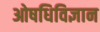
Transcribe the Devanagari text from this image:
ओषधिविज्ञान